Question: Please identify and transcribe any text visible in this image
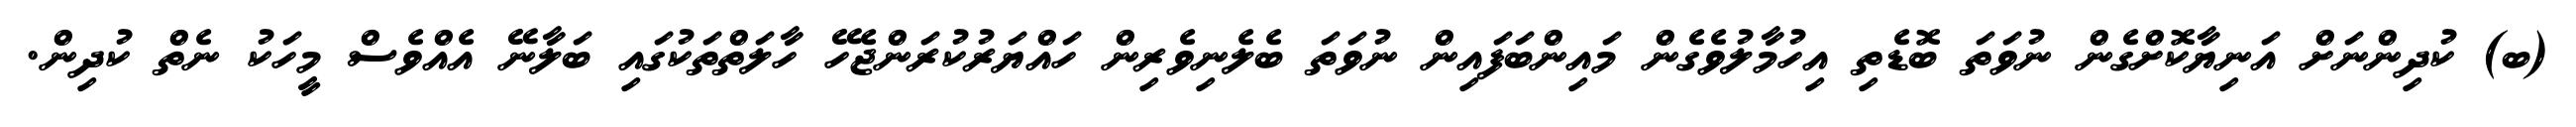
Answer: (ބ) ކުދިންނަށް އަނިޔާކޮށްގެން ނުވަތަ ބޮޑެތި އިހުމާލުވެގެން މައިންބަފައިން ނުވަތަ ބެލެނިވެރިން ހައްޔަރުކުރަންޖެހޭ ހާލަތްތަކުގައި ބަލާނޭ އެއްވެސް މީހަކު ނެތް ކުދިން.